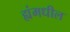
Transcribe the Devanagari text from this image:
ह्यंमधील